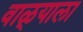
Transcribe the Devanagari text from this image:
वाळ्याला